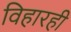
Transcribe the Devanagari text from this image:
विहारही